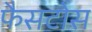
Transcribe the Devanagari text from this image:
फैसटोस